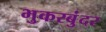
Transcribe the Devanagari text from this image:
भुकरबुंदर